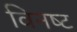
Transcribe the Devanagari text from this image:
विनष्‍ट